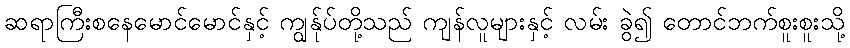
ဆရာကြီးစနေမောင်မောင်နှင့် ကျွန်ုပ်တို့သည် ကျန်လူများနှင့် လမ်း ခွဲ၍ တောင်ဘက်စူးစူးသို့